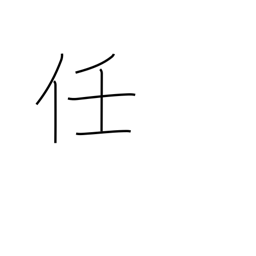
Meaning: responsibility